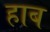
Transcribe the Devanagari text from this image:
हाब